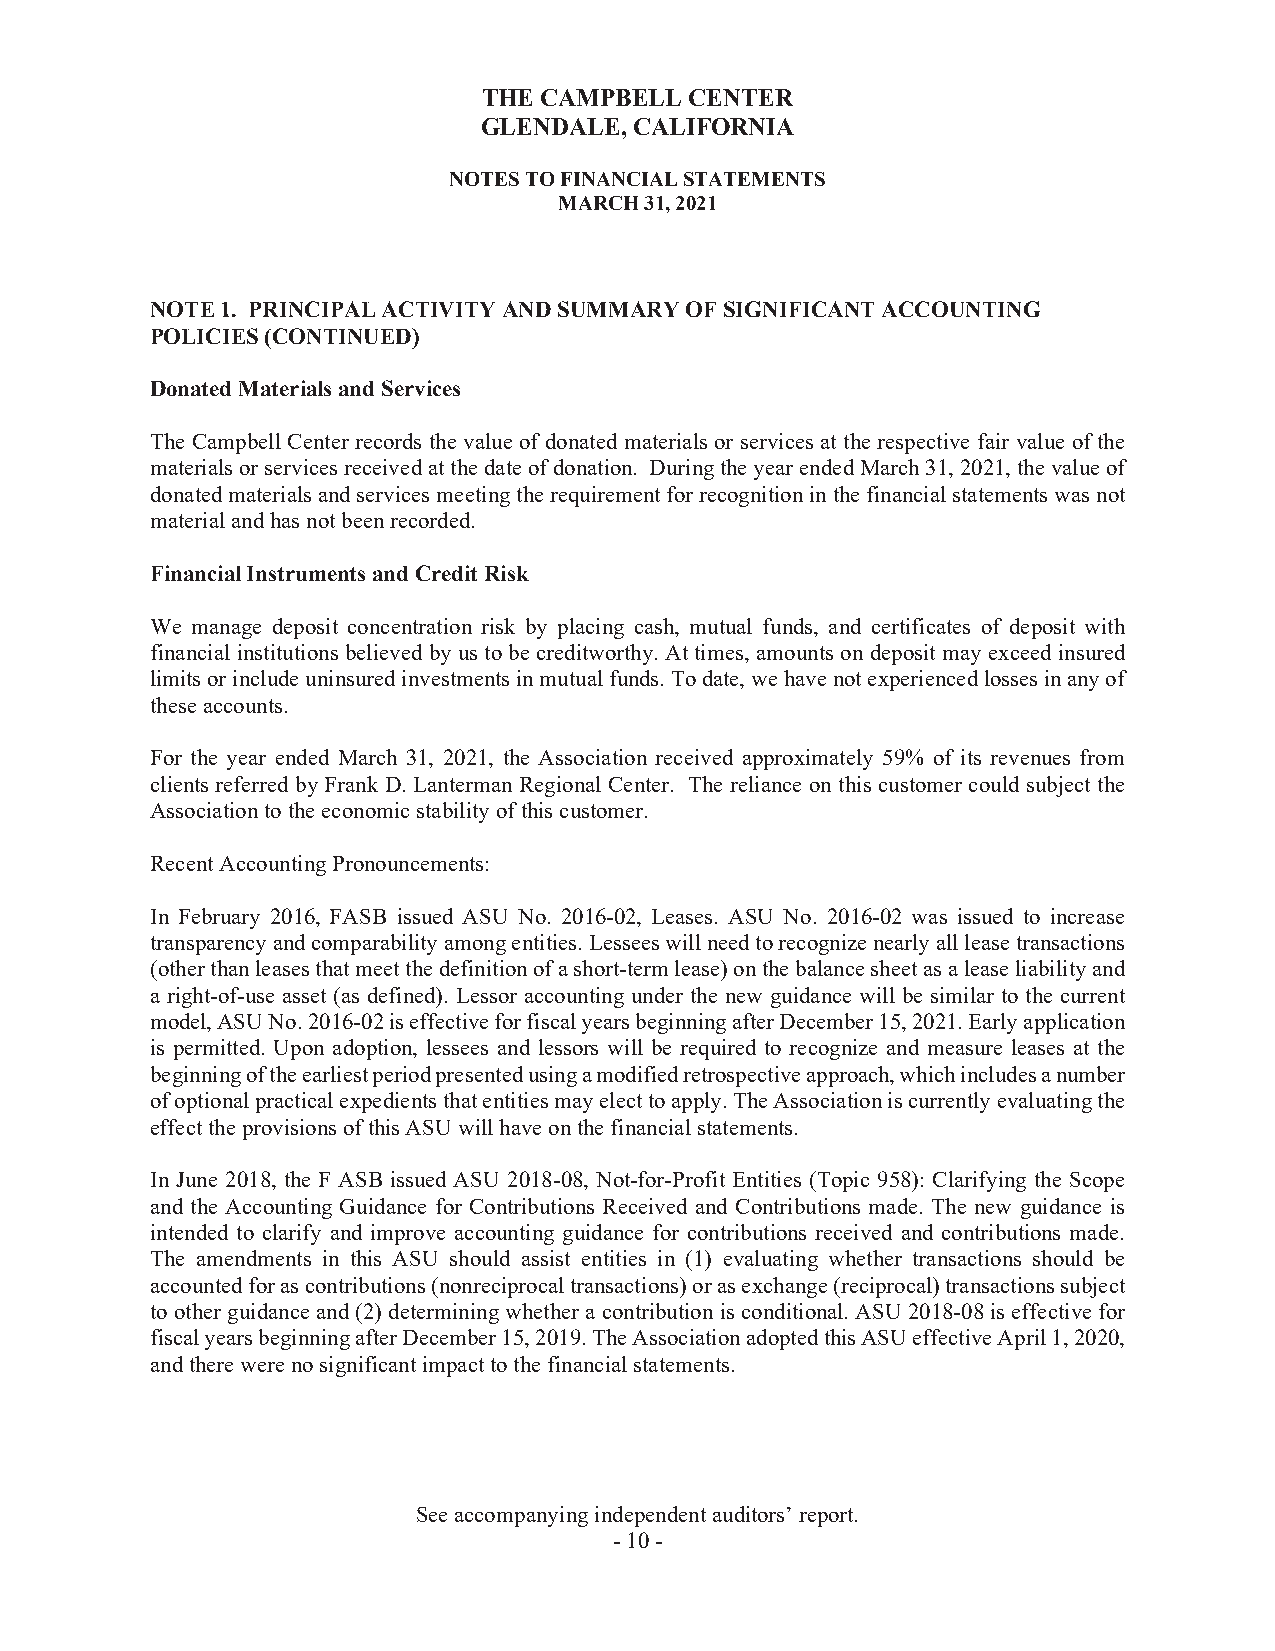
THE CAMPBELL  CENTER
 GLENDALE, CALIFORNIA
 NOTES TO FINANCIAL STATEMENTS
 MARCH 31, 2021
 NOTE 1. PRINCIPAL ACTIVITY AND SUMMARY OF SIGNIFICANT ACCOUNTING
 POLICIES (CONTINUED)
 Donated Materials and Services
 The Campbell Center records the value of donated materials or services at the respective fair value of the
 materials or services received at the date of donation. During the year ended March 31, 2021, the value of
 donated materials and services meeting the requirement for recognition in the financial statements was not
 material and has not been recorded.
 Financial Instruments and Credit Risk
 We manage deposit concentration risk by placing cash, mutual funds, and certificates of deposit with
 financial institutions believed by us to be creditworthy. At times, amounts on deposit may exceed insured
 limits or include uninsured investments in mutual funds. To date, we have not experienced losses in any of
 these accounts.
 For the year ended March 31, 2021, the Association received approximately 59% of its revenues from
 clients referred by Frank D. Lanterman Regional Center. The reliance on this customer could subject the
 Association to the economic stability of this customer.
 Recent Accounting Pronouncements:
 In February 2016, FASB issued ASU No. 2016-02, Leases. ASU No. 2016-02 was issued to increase
 transparency and comparability among entities. Lessees will need to recognize nearly all lease transactions
 (other than leases that meet the definition of a short-term lease) on the balance sheet as a lease liability and
 a right-of-use asset (as defined). Lessor accounting under the new guidance will be similar to the current
 model, ASU No. 2016-02 is effective for fiscal years beginning after December 15, 2021. Early application
 is permitted. Upon adoption, lessees and lessors will be required to recognize and measure leases at the
 beginning of the earliest period presented using a modified retrospective approach, which includes a number
 of optional practical expedients that entities may elect to apply. The Association is currently evaluating the
 effect the provisions of this ASU will have on the financial statements.
 In June 2018, the F ASB issued ASU 2018-08, Not-for-Profit Entities (Topic 958): Clarifying the Scope
 and the Accounting Guidance for Contributions Received and Contributions made. The new guidance is
 intended to clarify and improve accounting guidance for contributions received and contributions made.
 The amendments in this ASU should assist entities in (1) evaluating whether transactions should be
 accounted for as contributions (nonreciprocal transactions) or as exchange (reciprocal) transactions subject
 to other guidance and (2) determining whether a contribution is conditional. ASU 2018-08 is effective for
 fiscal years beginning after December 15, 2019. The Association adopted this ASU effective April 1, 2020,
 and there were no significant impact to the financial statements.
 See accompanying independent auditors’ report.
 -10 -